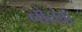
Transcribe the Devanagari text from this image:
नोलंबों